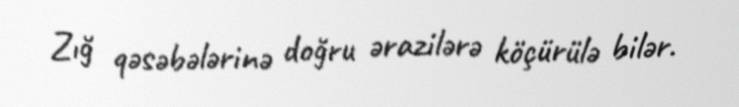
Zığ qəsəbələrinə doğru ərazilərə köçürülə bilər.